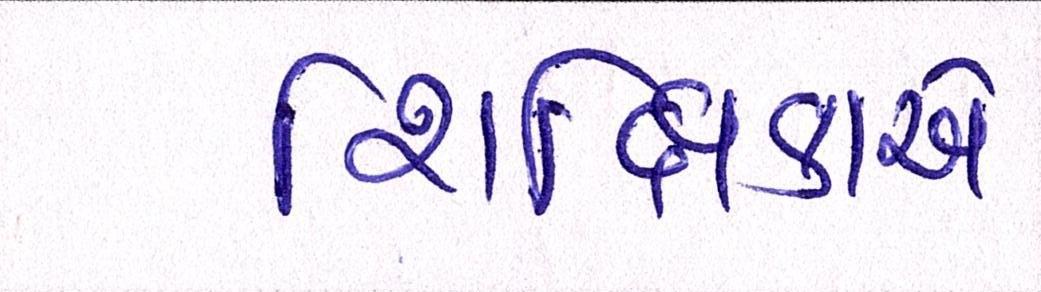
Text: શિક્ષિકાએ